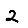
Digit: 2